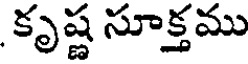
కృష్ణ సూక్తము